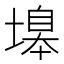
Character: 𡏻